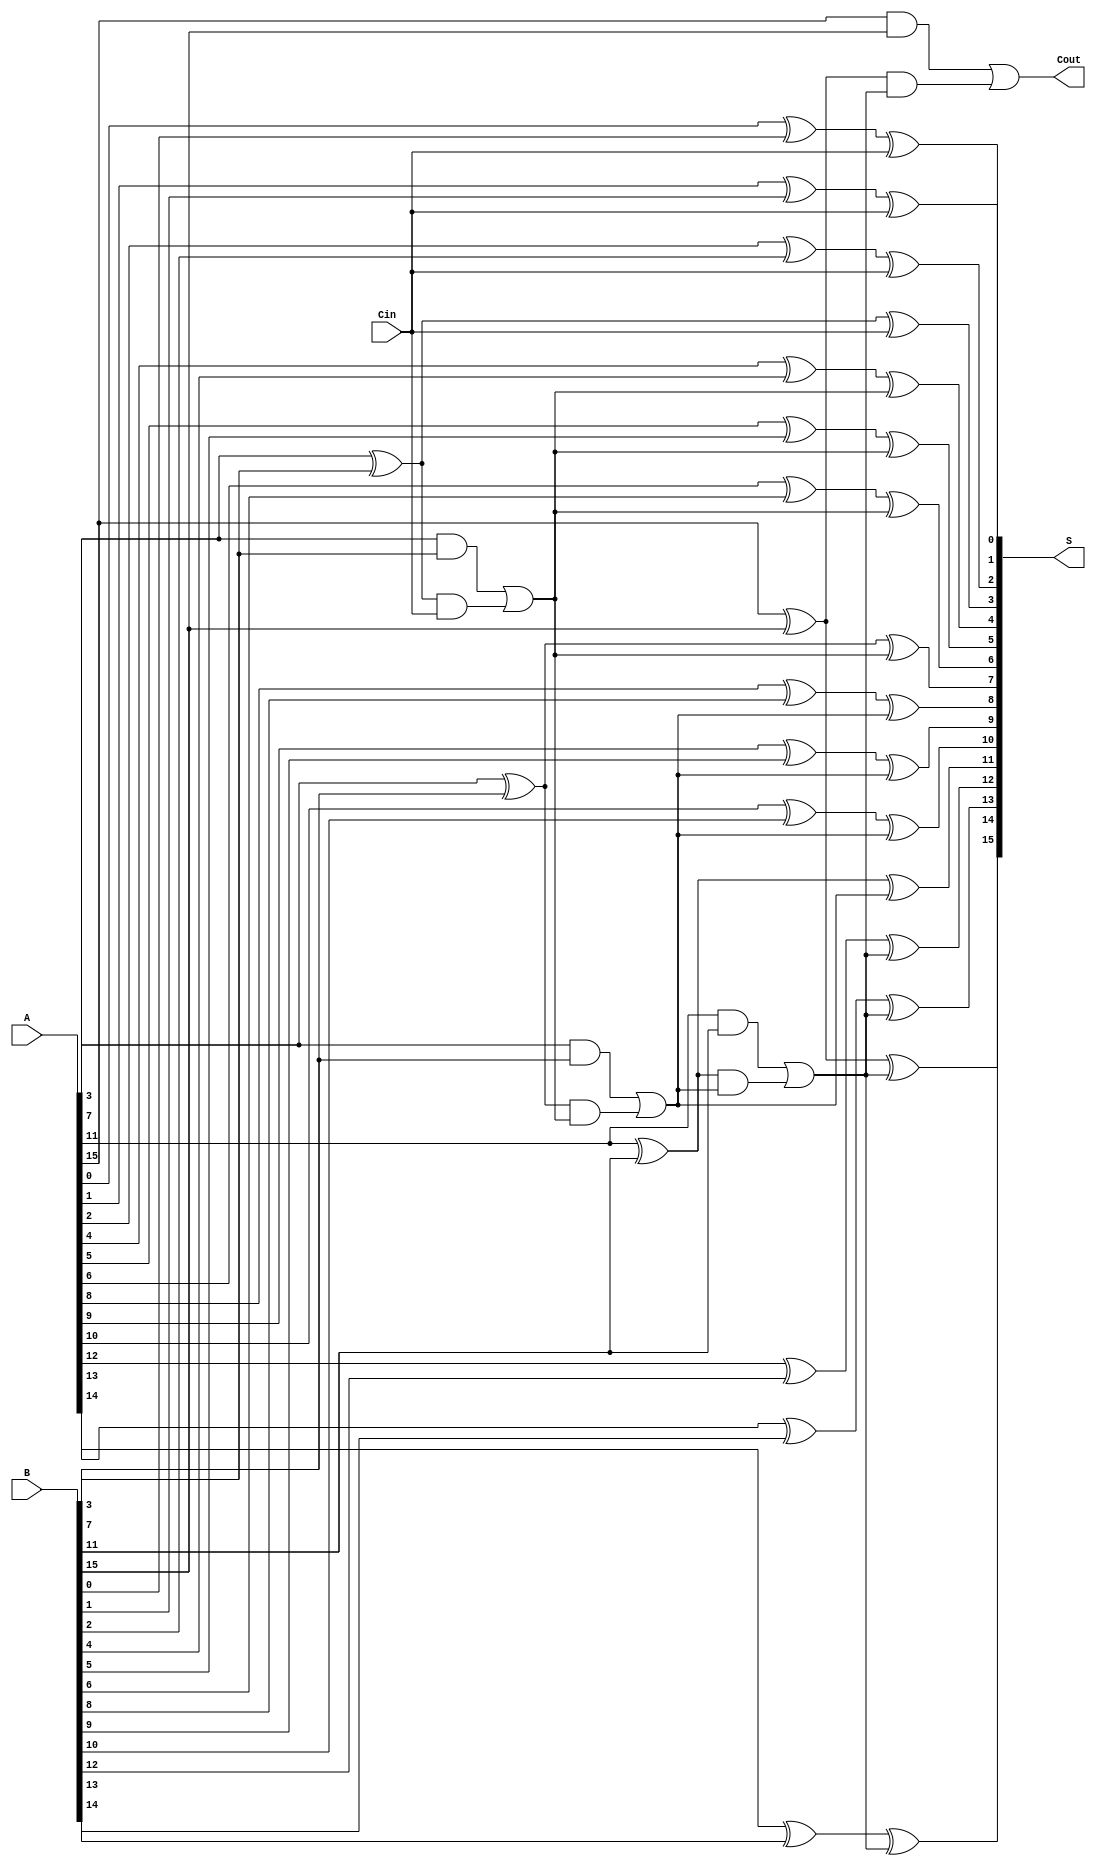
module ParallelPrefixCarrySelectAdder #(parameter N = 16, // Total number of bits
                                        parameter M = 4)  // Block size
(
    input  [N-1:0] A,      // First operand
    input  [N-1:0] B,      // Second operand
    input         Cin,      // Carry-in
    output [N-1:0] S,      // Sum output
    output        Cout      // Carry-out
);

    localparam NUM_BLOCKS = N / M; // Number of blocks

    // Generate and Propagate signals for each block
    wire [NUM_BLOCKS-1:0] G [M-1:0]; // Generate signals
    wire [NUM_BLOCKS-1:0] P [M-1:0]; // Propagate signals
    wire [NUM_BLOCKS:0] C; // Carry signals

    // Generate and Propagate calculations
    genvar i, j;
    generate
        for (i = 0; i < NUM_BLOCKS; i = i + 1) begin : gen_prop
            for (j = 0; j < M; j = j + 1) begin : block
                assign G[i][j] = A[i*M + j] & B[i*M + j]; // Generate
                assign P[i][j] = A[i*M + j] ^ B[i*M + j]; // Propagate
            end
        end
    endgenerate

    // Carry calculation using prefix tree
    assign C[0] = Cin; // Initial carry-in

    generate
        for (i = 0; i < NUM_BLOCKS; i = i + 1) begin : carry_calc
            if (i == 0) begin
                assign C[i+1] = G[i][M-1] | (P[i][M-1] & C[i]);
            end else begin
                assign C[i+1] = G[i][M-1] | (P[i][M-1] & C[i]);
            end
        end
    endgenerate

    // Sum calculation
    generate
        for (i = 0; i < NUM_BLOCKS; i = i + 1) begin : sum_calc
            for (j = 0; j < M; j = j + 1) begin : block_sum
                if (i == 0) begin
                    assign S[i*M + j] = P[i][j] ^ C[0]; // First block uses Cin
                end else begin
                    assign S[i*M + j] = P[i][j] ^ C[i]; // Subsequent blocks use carry from previous
                end
            end
        end
    endgenerate

    // Final carry-out
    assign Cout = C[NUM_BLOCKS];

endmodule